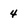
Character: 4